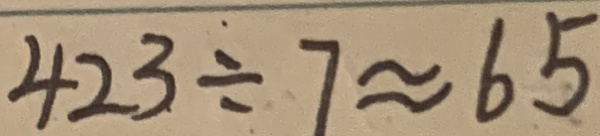
4 2 3 \div 7 \approx 6 5